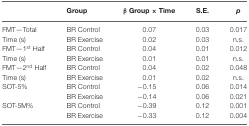
<table><thead><tr><td></td><td><b>Group</b></td><td><b>β Group × Time</b></td><td><b>S.E.</b></td><td><b><i>p</i></b></td></tr></thead><tbody><tr><td>FMT—Total</td><td>BR Control</td><td>0.07</td><td>0.03</td><td>0.017</td></tr><tr><td>Time (s)</td><td>BR Exercise</td><td>0.02</td><td>0.03</td><td>n.s.</td></tr><tr><td>FMT—1<sup>st</sup> Half</td><td>BR Control</td><td>0.04</td><td>0.01</td><td>0.012</td></tr><tr><td>Time (s)</td><td>BR Exercise</td><td>0.01</td><td>0.01</td><td>n.s.</td></tr><tr><td>FMT—2<sup>nd</sup> Half</td><td>BR Control</td><td>0.04</td><td>0.02</td><td>0.048</td></tr><tr><td>Time (s)</td><td>BR Exercise</td><td>0.01</td><td>0.02</td><td>n.s.</td></tr><tr><td>SOT-5%</td><td>BR Control</td><td>−0.15</td><td>0.06</td><td>0.014</td></tr><tr><td></td><td>BR Exercise</td><td>−0.14</td><td>0.06</td><td>0.021</td></tr><tr><td>SOT-5M%</td><td>BR Control</td><td>−0.39</td><td>0.12</td><td>0.001</td></tr><tr><td></td><td>BR Exercise</td><td>−0.33</td><td>0.12</td><td>0.004</td></tr></tbody></table>